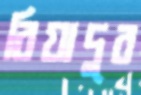
রিয়াদুর